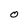
Character: 0